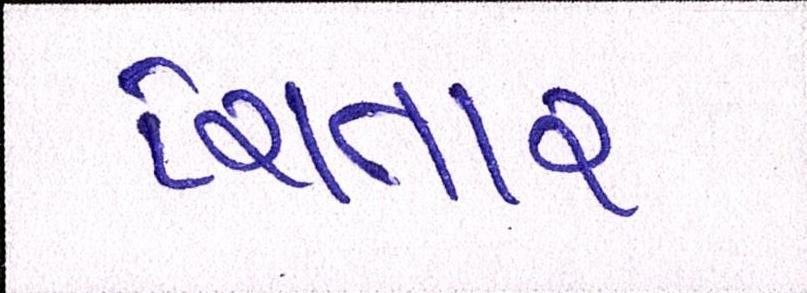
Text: ચિતાર